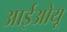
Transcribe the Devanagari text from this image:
आईओयू